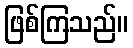
ဖြစ်ကြသည်။